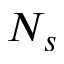
N _ { s }